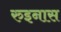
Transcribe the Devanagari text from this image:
रुइनास